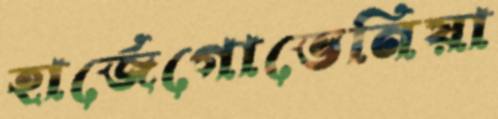
হার্জেগোভেনিয়া